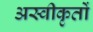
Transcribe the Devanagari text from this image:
अस्‍वीकृतों